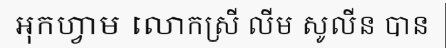
អុកហ្វាម លោកស្រី លីម សូលីន បាន